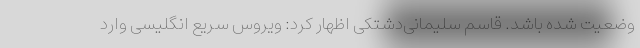
وضعیت شده باشد. قاسم سلیمانی‌دشتکی اظهار کرد: ویروس سریع انگلیسی وارد